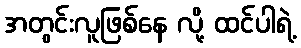
အတွင်းလူဖြစ်နေ လို့ ထင်ပါရဲ့